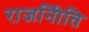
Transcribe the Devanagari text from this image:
राजनीिति